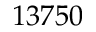
1 3 7 5 0